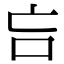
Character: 吂